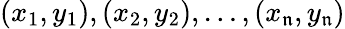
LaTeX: (x_{1},y_{1}),(x_{2},y_{2}),\ldots,(x_{\mathfrak{n}},y_{\mathfrak{n}})